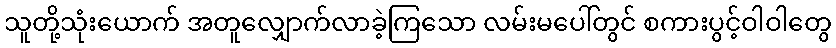
သူတို့သုံးယောက် အတူလျှောက်လာခဲ့ကြသော လမ်းမပေါ်တွင် စကားပွင့်ဝါဝါတွေ